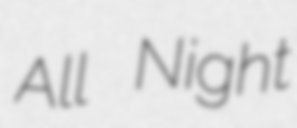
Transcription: All Night